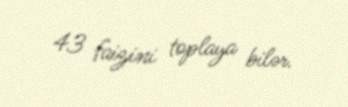
43 faizini toplaya bilər.